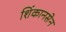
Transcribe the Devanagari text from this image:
शिंकानसेन